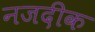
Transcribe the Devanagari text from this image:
नजदीक